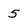
Character: 5